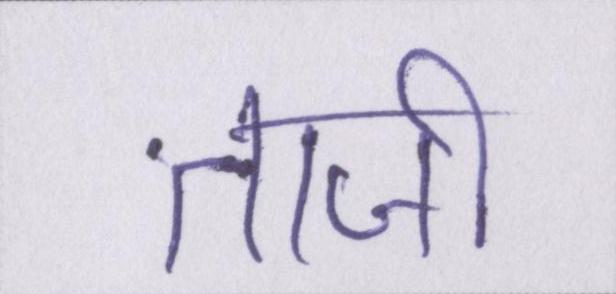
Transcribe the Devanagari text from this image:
ताजी